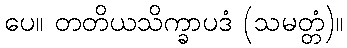
ပေ။ တတိယသိက္ခာပဒံ (သမတ္တံ)။